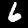
Label: 6